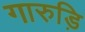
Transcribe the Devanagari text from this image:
गारुड़ि